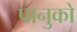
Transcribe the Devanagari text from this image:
पानुको